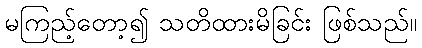
မကြည့်တော့၍ သတိထားမိခြင်း ဖြစ်သည်။